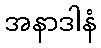
အနာဒါနံ